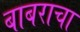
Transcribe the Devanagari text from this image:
बाबराचा